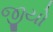
જીયો